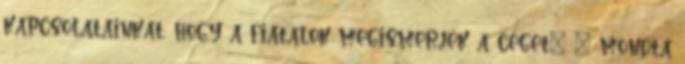
kapcsolatainkat, hogy a fiatalok megismerjék a céget” – mondta